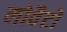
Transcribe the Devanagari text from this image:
लोवैटो